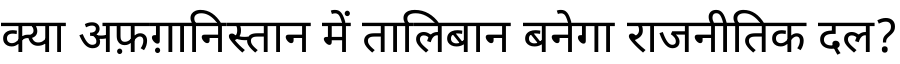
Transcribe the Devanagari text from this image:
क्या अफ़ग़ानिस्तान में तालिबान बनेगा राजनीतिक दल?